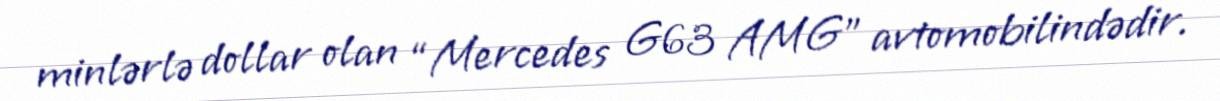
minlərlə dollar olan “Mercedes G63 AMG” avtomobilindədir.